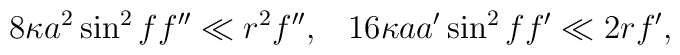
8 \kappa a^2 \sin^2 f f'' \ll r^2 f'', \;\;\;16\kappa a a' \sin^2 f f' \ll 2r f',